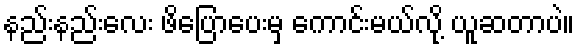
နည်းနည်းလေး ဖိပြောပေးမှ ကောင်းမယ်လို့ ယူဆတာပဲ။